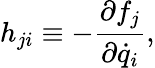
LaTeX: h_{ji}\equiv-\frac{\partial f_{j}}{\partial\dot{q}_{i}},